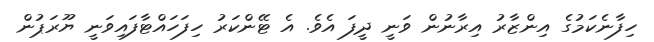
ހިފާނެކަމުގެ އިންޒާރު އިރާނުން ވަނީ ދީފަ އެވެ. އެ ޓޭންކަރު ހިފަހައްޓާފައިވަނީ ޔޫރަޕުން